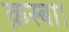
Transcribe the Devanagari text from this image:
क़स्बा।